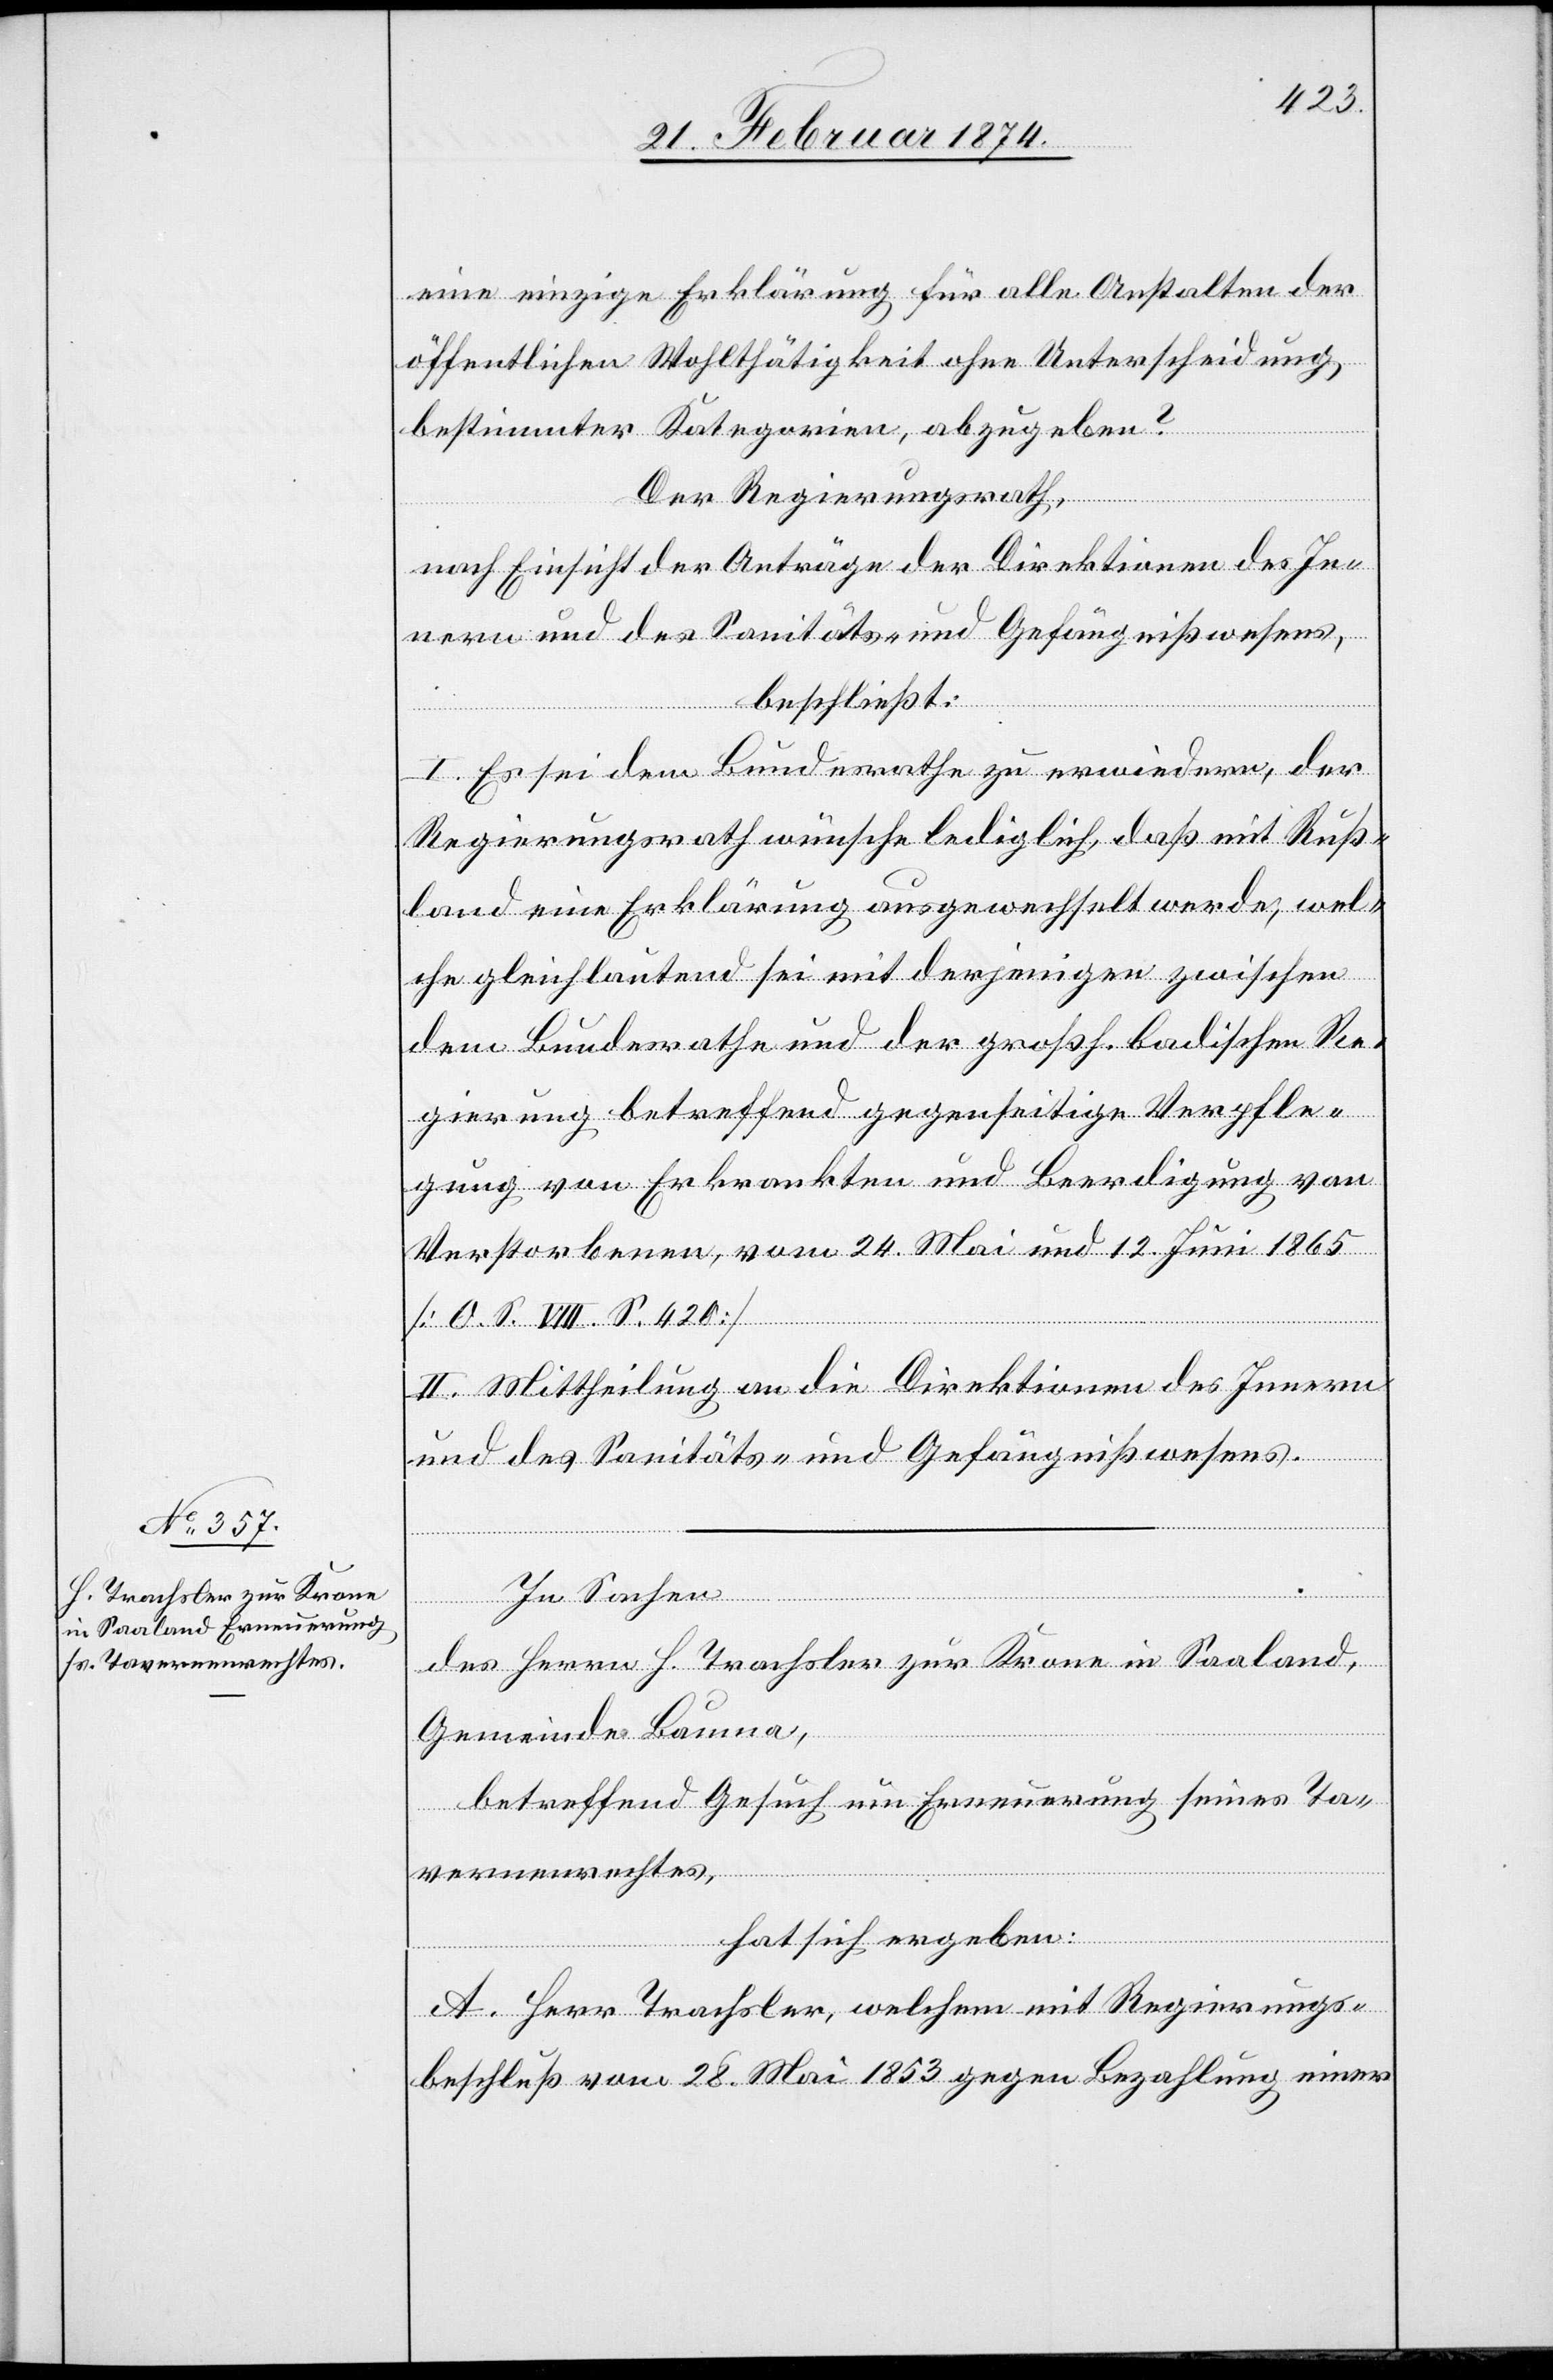
eine einzige Erklärung für alle Anstalten der
öffentlichen Wohltätigkeit ohne Unterscheidung
bestimmter Kategorien, abzugeben?
Der Regierungsrath,
nach Einsicht der Anträge der Direktionen des In¬
nern und des Sanitäts- und Gefängnißwesens,
beschließt:
I. Es sei dem Bundesrathe zu erwiedern, der
Regierungsrath wünsche lediglich, daß mit Ruß¬
land eine Erklärung ausgewechselt werde, wel¬
che gleichlautend sei mit derjenigen zwischen
dem Bundesrathe und der großh. badischen Re¬
gierung betreffend gegenseitige Verpfle¬
gung von Erkrankten und Beerdigung von
Verstorbenen, vom 24. Mai und 12. Juni 1865
II. Mittheilung an die Direktionen des Innern
und des Sanitäts- und Gefängnißwesens.
In Sachen
des Herrn H. Trachsler zur Krone in Saaland,
Gemeinde Bauma,
betreffend Gesuch um Erneuerung seines Ta¬
vernenrechtes,
hat sich ergeben:
A. Herr Trachsler, welchem mit Regierungs¬
beschluß vom 28. Mai 1853 gegen Bezahlung einer